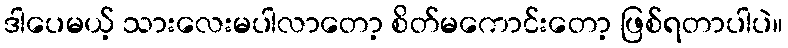
ဒါပေမယ့် သားလေးမပါလာတော့ စိတ်မကောင်းတော့ ဖြစ်ရတာပါပဲ။